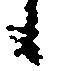
候